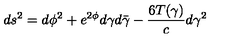
d s ^ { 2 } = d \phi ^ { 2 } + e ^ { 2 \phi } d \gamma d \bar { \gamma } - { \frac { 6 T ( \gamma ) } { c } } d \gamma ^ { 2 }